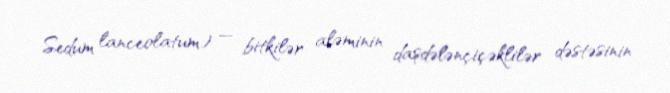
Sedum lanceolatum) — bitkilər aləminin daşdələnçiçəklilər dəstəsinin